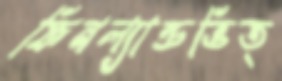
ফিনল্যান্ডভিত্